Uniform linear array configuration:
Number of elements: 4
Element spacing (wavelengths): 0.5
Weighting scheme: blackman
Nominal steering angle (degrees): -30
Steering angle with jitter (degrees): -31.548
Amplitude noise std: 0.05
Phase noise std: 0.05

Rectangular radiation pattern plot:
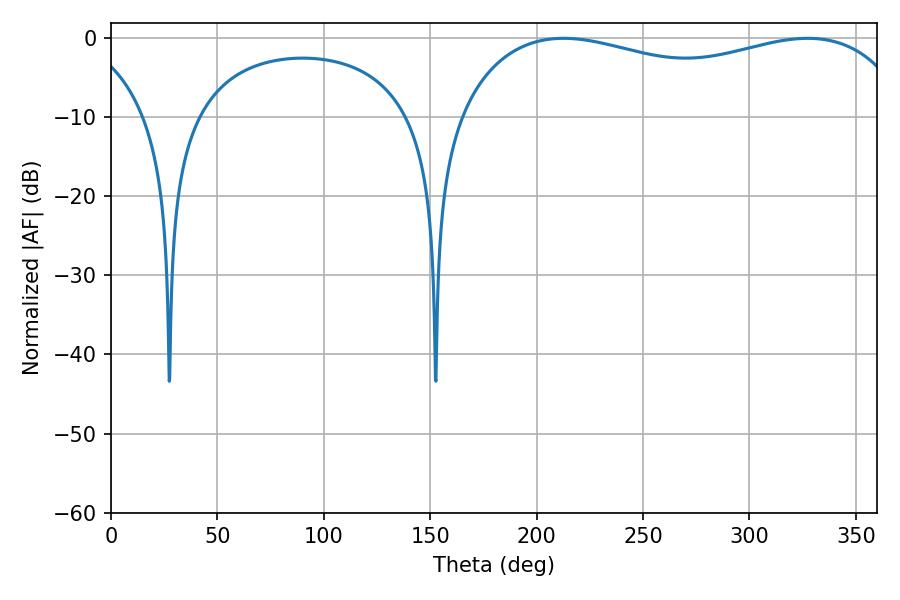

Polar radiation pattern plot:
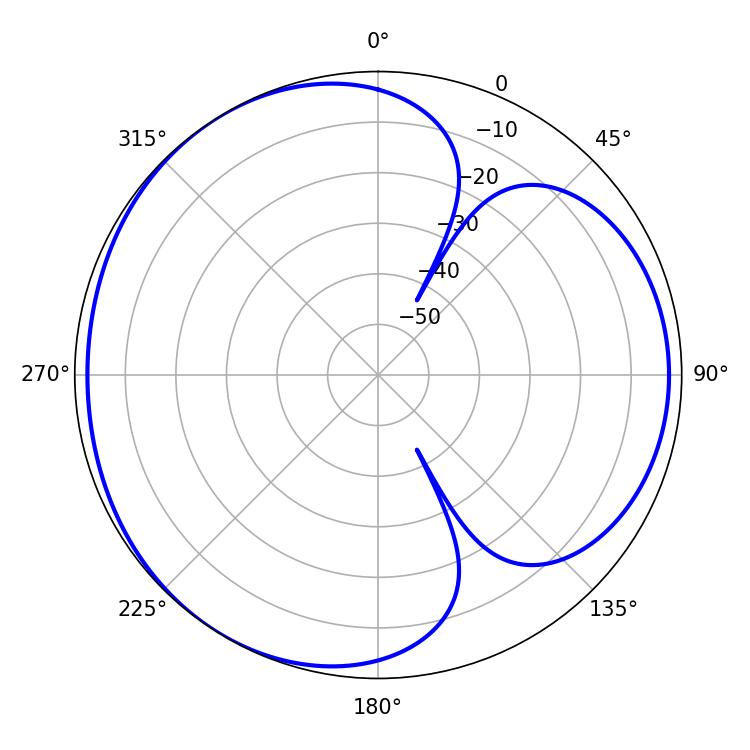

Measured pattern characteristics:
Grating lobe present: FALSE
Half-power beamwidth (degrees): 175.32
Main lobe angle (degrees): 212.58